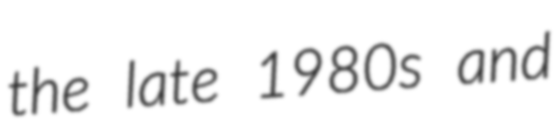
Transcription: the late 1980s and